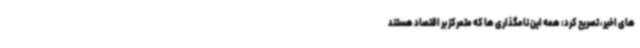
های اخیر، تصریح کرد: همه این نامگذاری ها که متمرکز بر اقتصاد هستند